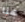
هنا